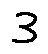
3